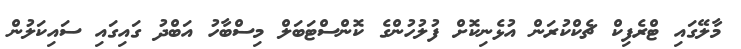
މާލޭގައި ޓްރެފިކް ޗެކްކުރަން އުޅެނިކޮށް ފުލުހުންގެ ކޮންސްޓަބަލް މިސްބާހު އަބްދު ގައިގައި ސައިކަލުން